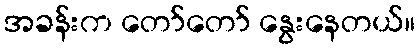
အခန်းက တော်တော် နွေးနေတယ်။